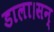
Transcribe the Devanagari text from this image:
डाला।सन्